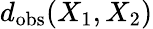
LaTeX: d_{\mathrm{obs}}(X_{1},X_{2})